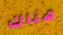
هناك